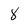
Character: 8